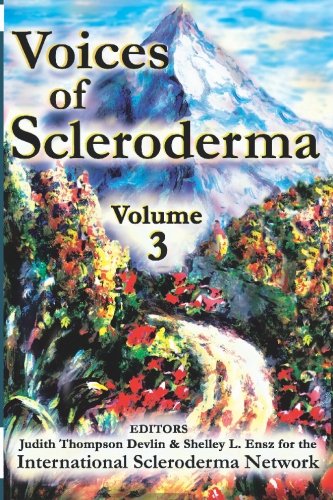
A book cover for Voices of Scleroderma, Vol. 3; International Scleroderma Network; Health, Fitness & Dieting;